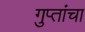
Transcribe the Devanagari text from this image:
गुप्तांचा